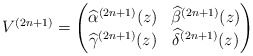
\begin{align*} V^{(2n+1)} = \begin{pmatrix} \widehat{\alpha}^{(2n+1)}(z) & \widehat{\beta}^{(2n+1)}(z) \\ \widehat{\gamma}^{(2n+1)}(z) & \widehat{\delta}^{(2n+1)}(z) \end{pmatrix}\end{align*}